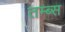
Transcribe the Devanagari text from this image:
तम्ब्स